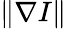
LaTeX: \Vert\nabla I\Vert